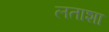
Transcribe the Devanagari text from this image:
लताशा